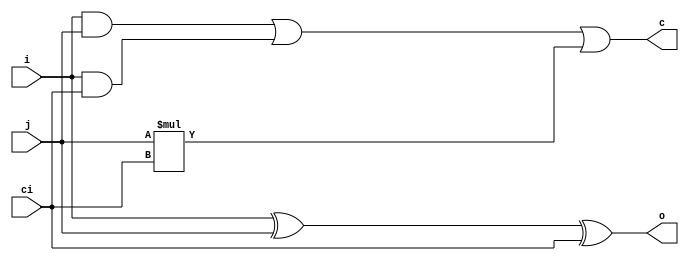
module FAC(
  input i,j,ci,
  output reg c,o
);

always @(*)begin
  o=i^j^ci;
  c=i&j | i&ci | j*ci;
end

endmodule

module nine_bit_adder(
    input [8:0]i,j,
    output [8:0]o
);

  wire [9:0]c;
  
  assign c[0]=0;
  generate
    genvar x;
    for(x = 0; x < 9 ; x=x+1)
      begin
        FAC sum(.i(i[x]), .j(j[x]), .ci(c[x]), .c(c[x+1]), .o(o[x]));
      end
  endgenerate
  
  
endmodule